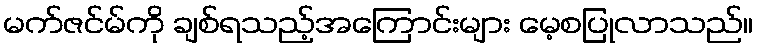
မက်ဇင်မ်ကို ချစ်ရသည့်အကြောင်းများ မေ့စပြုလာသည်။